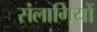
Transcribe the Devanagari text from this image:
संलागियों